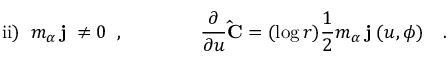
\mathrm { i i } ) \; \; m _ { \alpha } \, { \bf j ^ { \alpha } } \ne 0 \; \; , \qquad \qquad \frac { \partial } { \partial u } { \bf { \hat { C } } } = ( \log r ) \frac { 1 } { 2 } m _ { \alpha } \, { \bf j ^ { \alpha } } ( u , \phi ) \quad . \qquad \qquad \qquad \qquad